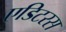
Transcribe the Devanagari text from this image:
एडिटरस